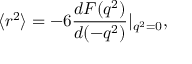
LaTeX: \langle r ^ { 2 } \rangle = - 6 \frac { d F ( q ^ { 2 } ) } { d ( - q ^ { 2 } ) } | _ { q ^ { 2 } = 0 } ,